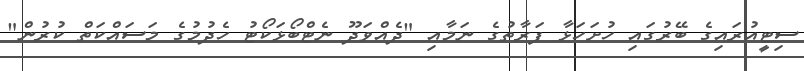
ސިޓީއުރައިގެ ބޭރުގައި ހުށަހަޅާ ފަރާތުގެ ނަމާއި "ދެއްވަދޫ ނެޓްބޯޅަކޯޓު ހެދުމުގެ މަސައްކަތް ކުރުން"